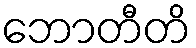
ဘောတီတိ